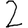
Digit: 2